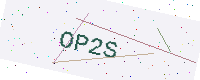
Text: OP2S